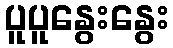
ပူပူနွေးနွေး